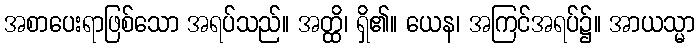
အစာပေးရာဖြစ်သော အရပ်သည်။ အတ္ထိ၊ ရှိ၏။ ယေန၊ အကြင်အရပ်၌။ အာယသ္မာ